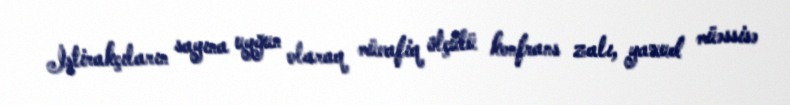
İştirakçıların sayına uyğun olaraq müvafiq ölçülü konfrans zalı, yaxud müəssisə